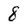
Character: 8